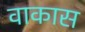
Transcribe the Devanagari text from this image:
वाकास